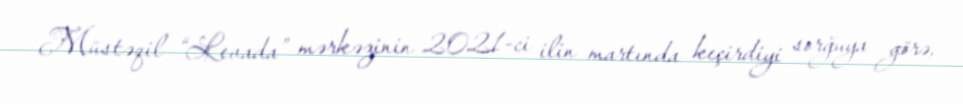
Müstəqil “Levada” mərkəzinin 2021-ci ilin martında keçirdiyi sorğuya görə,